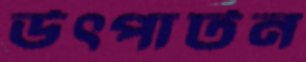
উৎপাটন